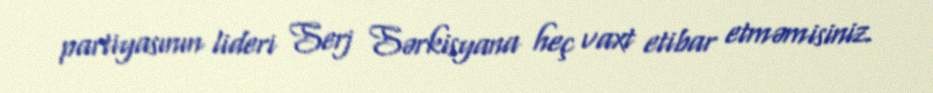
partiyasının lideri Serj Sərkisyana heç vaxt etibar etməmisiniz.